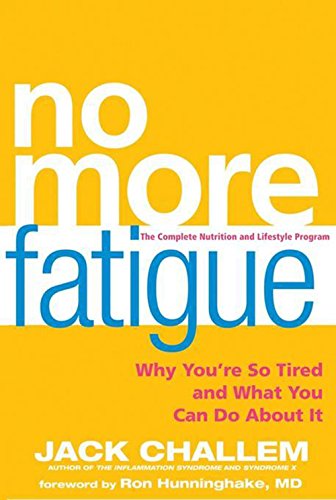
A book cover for No More Fatigue: Why You're So Tired and What You Can Do About It; Jack Challem; Health, Fitness & Dieting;